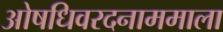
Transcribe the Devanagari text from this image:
ओषधिवरदनाममाला